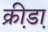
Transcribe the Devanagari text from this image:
क्री़डा़